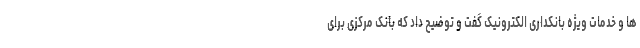
ها و خدمات ویژه بانکداری الکترونیک گفت و توضیح داد که بانک مرکزی برای